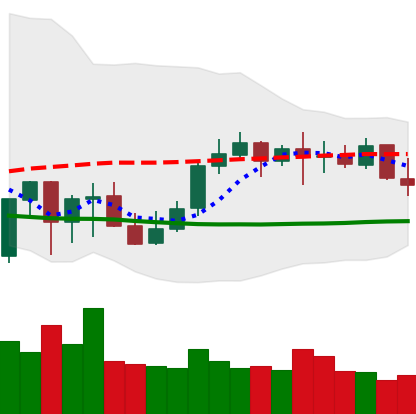
Ticker: LINK-USD
Chart end date: 2021-10-11
Forward return: 7.798%
Label: up_7plus